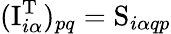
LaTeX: (\mathrm{I}_{i\alpha}^{\mathrm{T}})_{pq}=\mathrm{S}_{i\alpha qp}